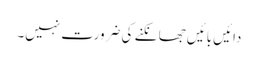
دائیں بائیں جھانکنے کی ضرورت نہیں۔